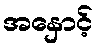
အနှောင့်